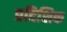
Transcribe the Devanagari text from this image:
प्रदिशिक